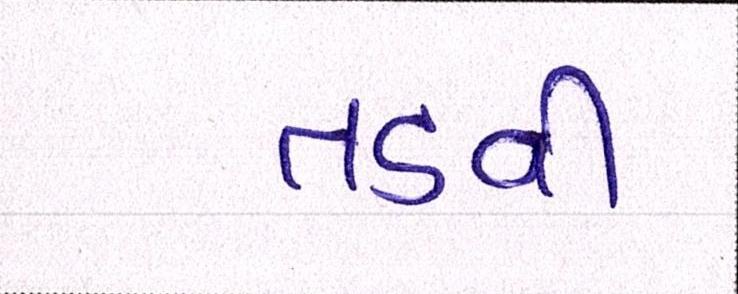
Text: તડવી